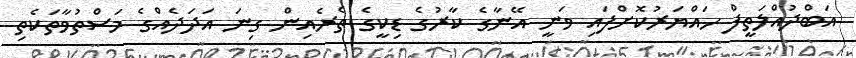
އަބްދުއްލަތީފް ހައްޔަރުކޮށްފައި ވަނީ އޭނާގެ ކާރުގެ ޑިކީގެ ތެރެއިން ގިނަ އަދަދެއްގެ މަސްތުވާތަކެތި